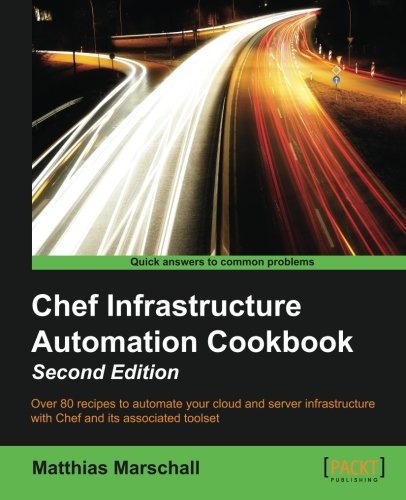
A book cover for Chef Infrastructure Automation Cookbook - Second Edition; Matthias Marschall; Computers & Technology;